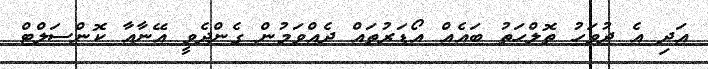
އަދި އެ ދުވަހު ތޮލްހަތު ބައެއް އޯޑަރުތައް ދެއްވަމުން ގެންދެވީ އޭނާއާ ކޮންސަލްޓް